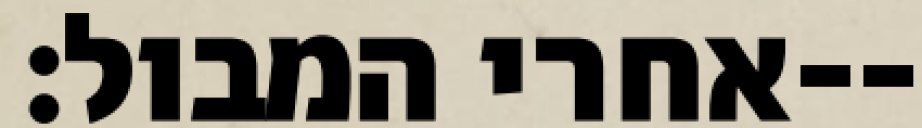
אחרי המבול׃--